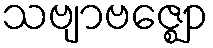
သဗျာဗဇ္ဈော